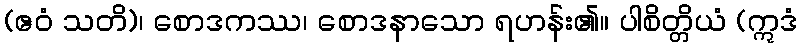
(ဧဝံ သတိ)၊ စောဒကဿ၊ စောဒနာသော ရဟန်း၏။ ပါစိတ္တိယံ (ဣဒံ